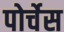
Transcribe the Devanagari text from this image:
पोर्चेस